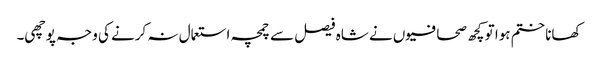
کھانا ختم ہوا تو کچھ صحافیوں نے شاہ فیصل سے چمچہ استعمال نہ کرنے کی وجہ پوچھی۔